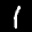
Label: 1